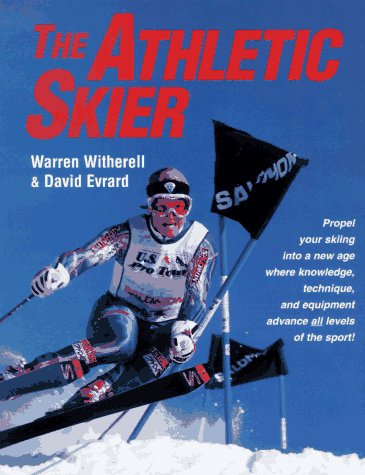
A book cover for The Athletic Skier; Warren Witherell; Sports & Outdoors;